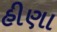
હીણા